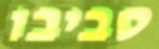
סביבו